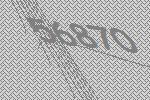
56870